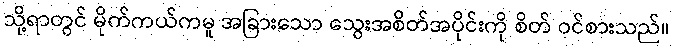
သို့ရာတွင် မိုက်ကယ်ကမူ အခြားသော သွေးအစိတ်အပိုင်းကို စိတ် ဝင်စားသည်။